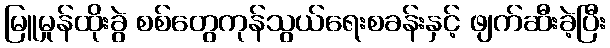
မြူမှုန်ထိုးခွဲ စစ်တွေကုန်သွယ်ရေးစခန်းနှင့် ဖျက်ဆီးခဲ့ပြီး